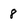
Character: 8